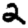
Digit: 2